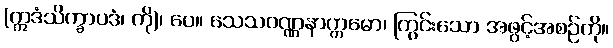
(ဣဒံသိက္ခာပဒံ၊ ကို)၊ ပေ။ သေသဝဏ္ဏနာက္ကမော၊ ကြွင်းသော အဖွင့်အစဉ်ကို။